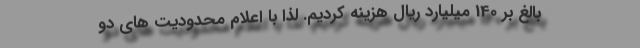
بالغ بر 140 میلیارد ریال هزینه کردیم. لذا با اعلام محدودیت های دو